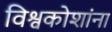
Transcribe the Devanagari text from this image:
विश्वकोशांना